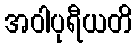
အဝါပုရီယတိ